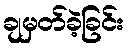
ချမှတ်ခဲ့ခြင်း